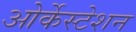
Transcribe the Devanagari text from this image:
ओर्केस्टेशन